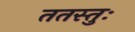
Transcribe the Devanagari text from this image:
ततस्तुः